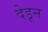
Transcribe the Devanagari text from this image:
देडून